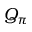
Q _ { \pi }